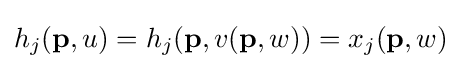
h_{j}(\mathbf {p} ,u)=h_{j}(\mathbf {p} ,v(\mathbf {p} ,w))=x_{j}(\mathbf {p} ,w)